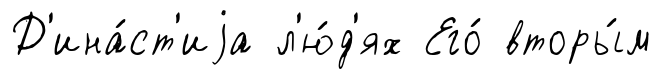
Д'ина́ст'иjа л'ю́д'ях Его́ вторы́м